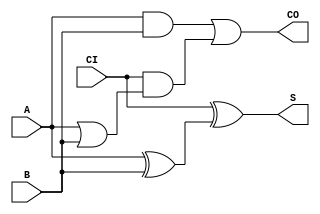
`timescale 1ps/1ps

module FA (A, B, CI, CO, S);
  input A;
  input B;
  input CI;
  output CO;
  output S;

  or(CO, i_16, i_17);
  and(i_16, A, B);
  and(i_17, CI, i_18);
  or(i_18, A, B);
  xor(S, CI, i_22);
  xor(i_22, A, B);
  
endmodule